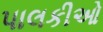
પાલકીઓ